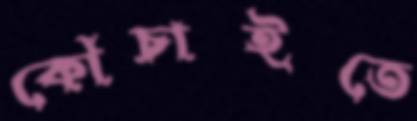
কোঁচাইতে